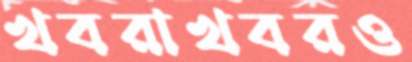
খবরাখবরও